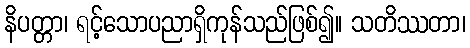
နိပတ္တာ၊ ရင့်သောပညာရှိကုန်သည်ဖြစ်၍။ သတိဿတာ၊